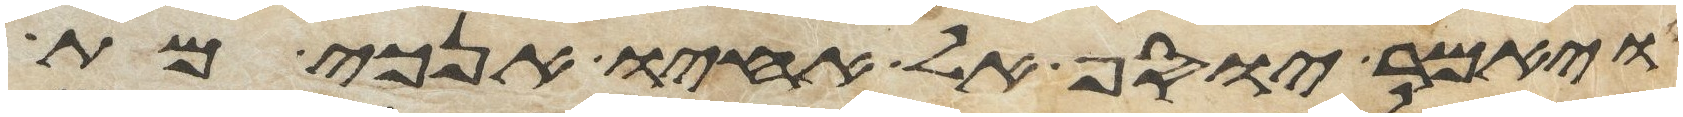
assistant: ויאמר יוסף אל אחיו אנכי מת